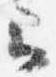
云